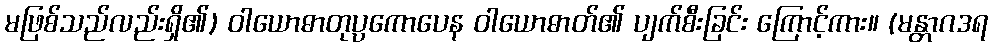
မဖြစ်သည်လည်းရှိ၏) ဝါယောဓာတုပ္ပကောပေန ဝါယောဓာတ်၏ ပျက်စီးခြင်း ကြောင့်ကား။ (မန္တာဂဒရ